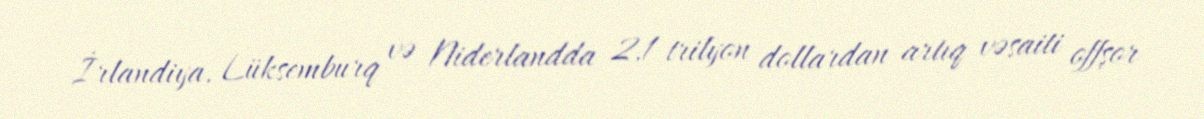
İrlandiya, Lüksemburq və Niderlandda 2,1 trilyon dollardan artıq vəsaiti offşor